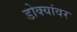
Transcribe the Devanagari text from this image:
डोक्यांवर